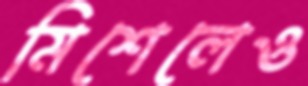
মিশেলেও